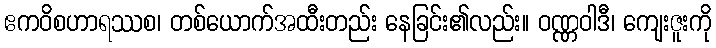
ဧကဝိစဟာရဿစ၊ တစ်ယောက်အထီးတည်း နေခြင်း၏လည်း။ ဝဏ္ဏဝါဒီ၊ ကျေးဇူးကို